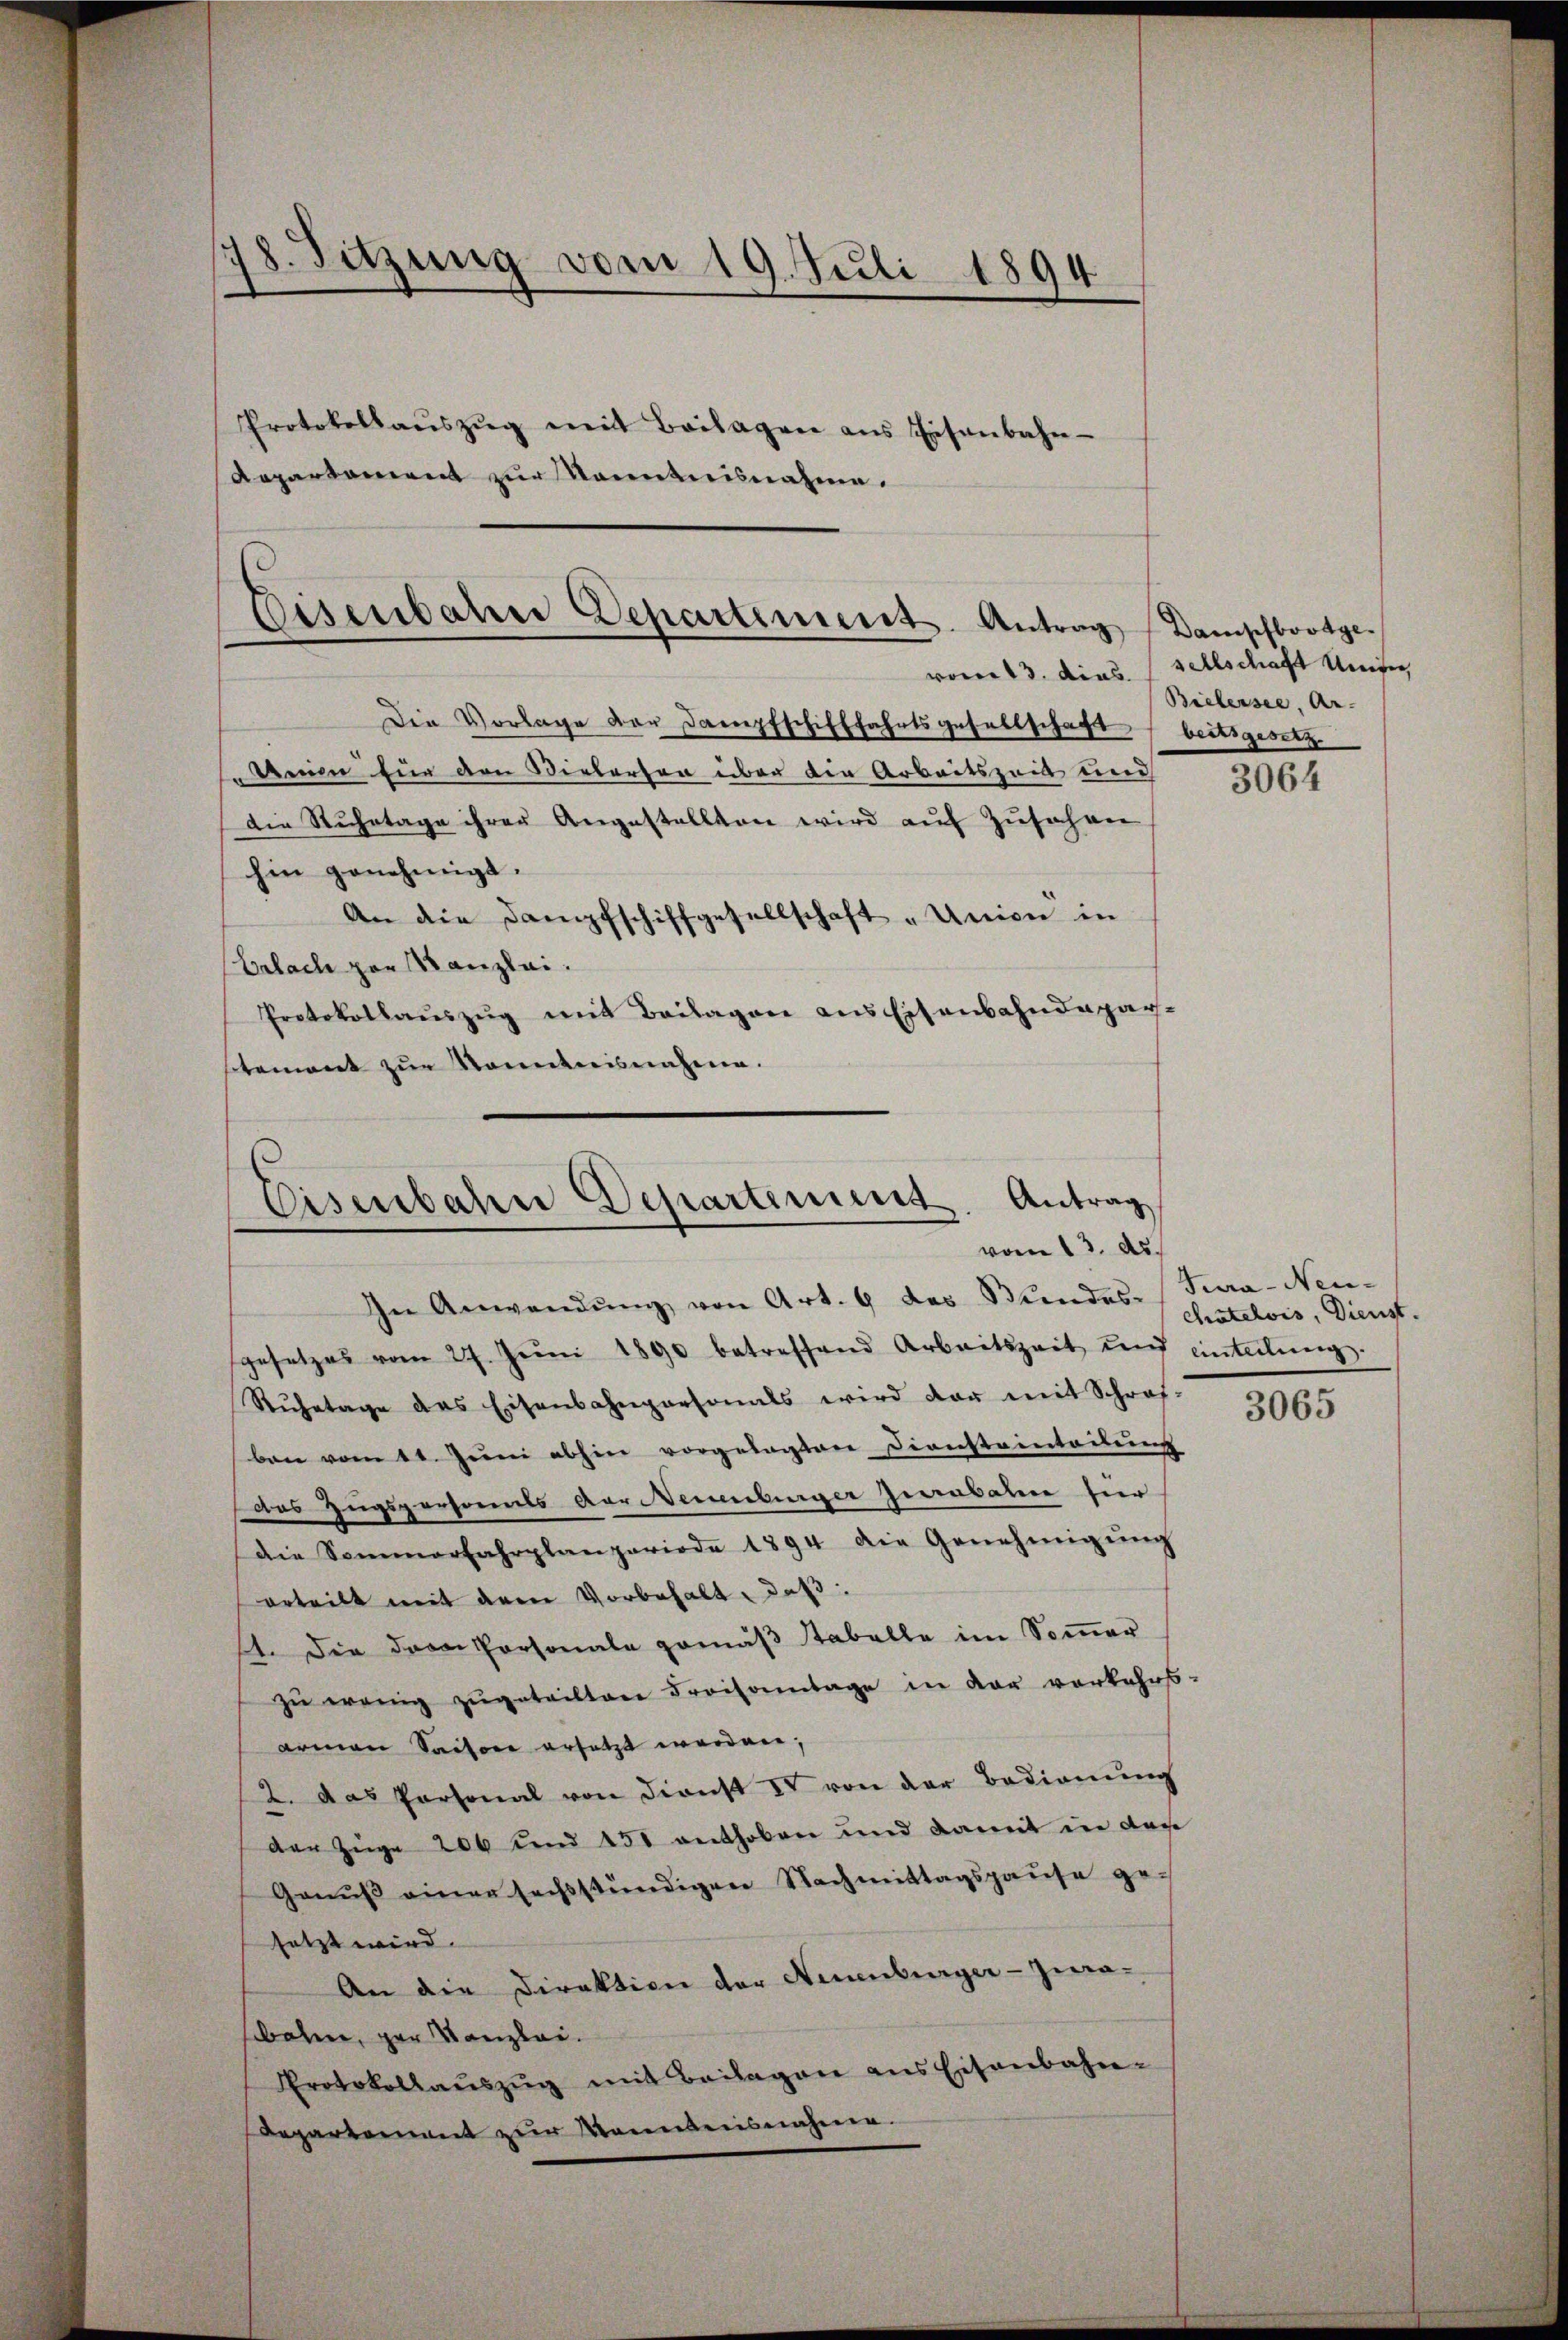
78. Sitzung vom 19. Juli 1894

Departement zur Kenntnisnahme.

Eisenbahne Departement. Antrag Dampfbootge

Protokollaŭszŭg mit Beilagen ans Eisenbahn-

Die Vorlage der Dampfschifffahrtsgesellschaft beitsgesetz
Seien für den Vielerten über die Arbeitszeit und
Die Ruhetage ihrer Angestellten wird auf Zusehen
hin genehmigt.
An die Dampfschiffgesellschaft „Union in
Erlach par Kanzlei.
Protokollaŭszŭg mit Beilagen aus Eisenbahndepar-
stement zur Sonntnisnahme.

Eisenbahn Departement. Antrag
vom 13. ds.

vom 13. dies sellschaft Unter
Bielersee, Ar-

In Anwendŭng von Art. 9 das Mindes-Tura-Neu-
sgesetzes vom 27. Juni 1890 betreffend Arbeitszeit und einteilŭng.
Rŭhetage des Eisenbahnpersonals wird dar mit Schraf-
ben vom 11. Juni abhin vorgelegten Diensteinteilung
das Zugspersonals vor Neuenburger Jiabahre hier
die Sommerfahrplanperiode 1894 die Genehmigŭng
erteilt mit dem Vorbehalt, daß:
st. Die dran Personale gemäß stabelle im Sommer
zŭ wenig zugeteiltene Preisamtage in der vorkehrs-
armen Saison ersetzt worden,
2. das Personal von dienst IV von der Bedienŭng
der Züge 206 und 451 enthoben und damit in der
Genuß einer sechstündigen Nachmittagspause gesetzt wird
An die Direktion der Neuenburger-Jura-
bahren, der Kanzlei.
Protokollaŭszŭg mit Beilagen ans Eisenbahn-
Departement zur Mannensnahmen.

3064

chatelvis, Dienst.

3065